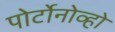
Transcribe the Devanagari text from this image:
पोर्टोनोव्हो